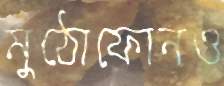
মুঠোফোনও